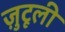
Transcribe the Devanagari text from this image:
ज़ुटूली